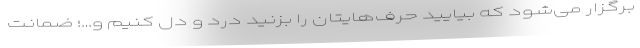
برگزار می‌شود که بیایید حرف‌ها‌یتان را بزنید درد و دل کنیم و…؛ ضمانت